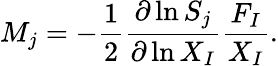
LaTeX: M_{j}=-\frac{1}{2}\frac{\partial\ln S_{j}}{\partial\ln X_{I}}\frac{F_{I}}{X_{I}}.